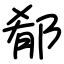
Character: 郩